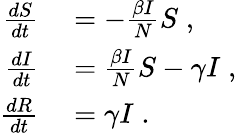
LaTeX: \begin{array}{rl}{\frac{dS}{dt}}&{{}=-\frac{\beta I}{N}S\; ,}\\ {\frac{dI}{dt}}&{{}=\frac{\beta I}{N}S-\gamma I\; ,}\\ {\frac{dR}{dt}}&{{}=\gamma I\; .}\end{array}